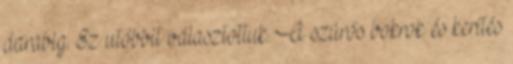
darabig. Ez utóbbit választottuk. A szúrós bokrok és kerítés